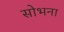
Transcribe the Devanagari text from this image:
सोभना